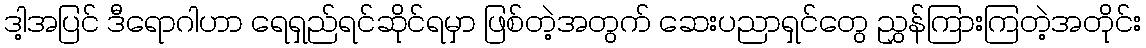
ဒါ့အပြင် ဒီရောဂါဟာ ရေရှည်ရင်ဆိုင်ရမှာ ဖြစ်တဲ့အတွက် ဆေးပညာရှင်တွေ ညွှန်ကြားကြတဲ့အတိုင်း